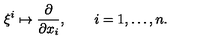
\xi ^ { i } \mapsto \frac { \partial } { \partial x _ { i } } , \qquad i = 1 , \dots , n .